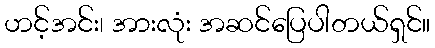
ဟင့်အင်း၊ အားလုံး အဆင်ပြေပါတယ်ရှင်။